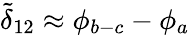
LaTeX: \tilde{\delta}_{12}\approx\phi_{b-c}-\phi_{a}